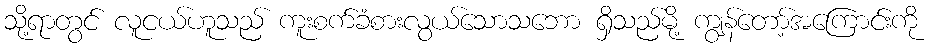
သို့ရာတွင် လူငယ်ဟူသည် ကူးစက်ခံစားလွယ်သောသဘော ရှိသည်မို့ ကျွန်တော့်အကြောင်းကို